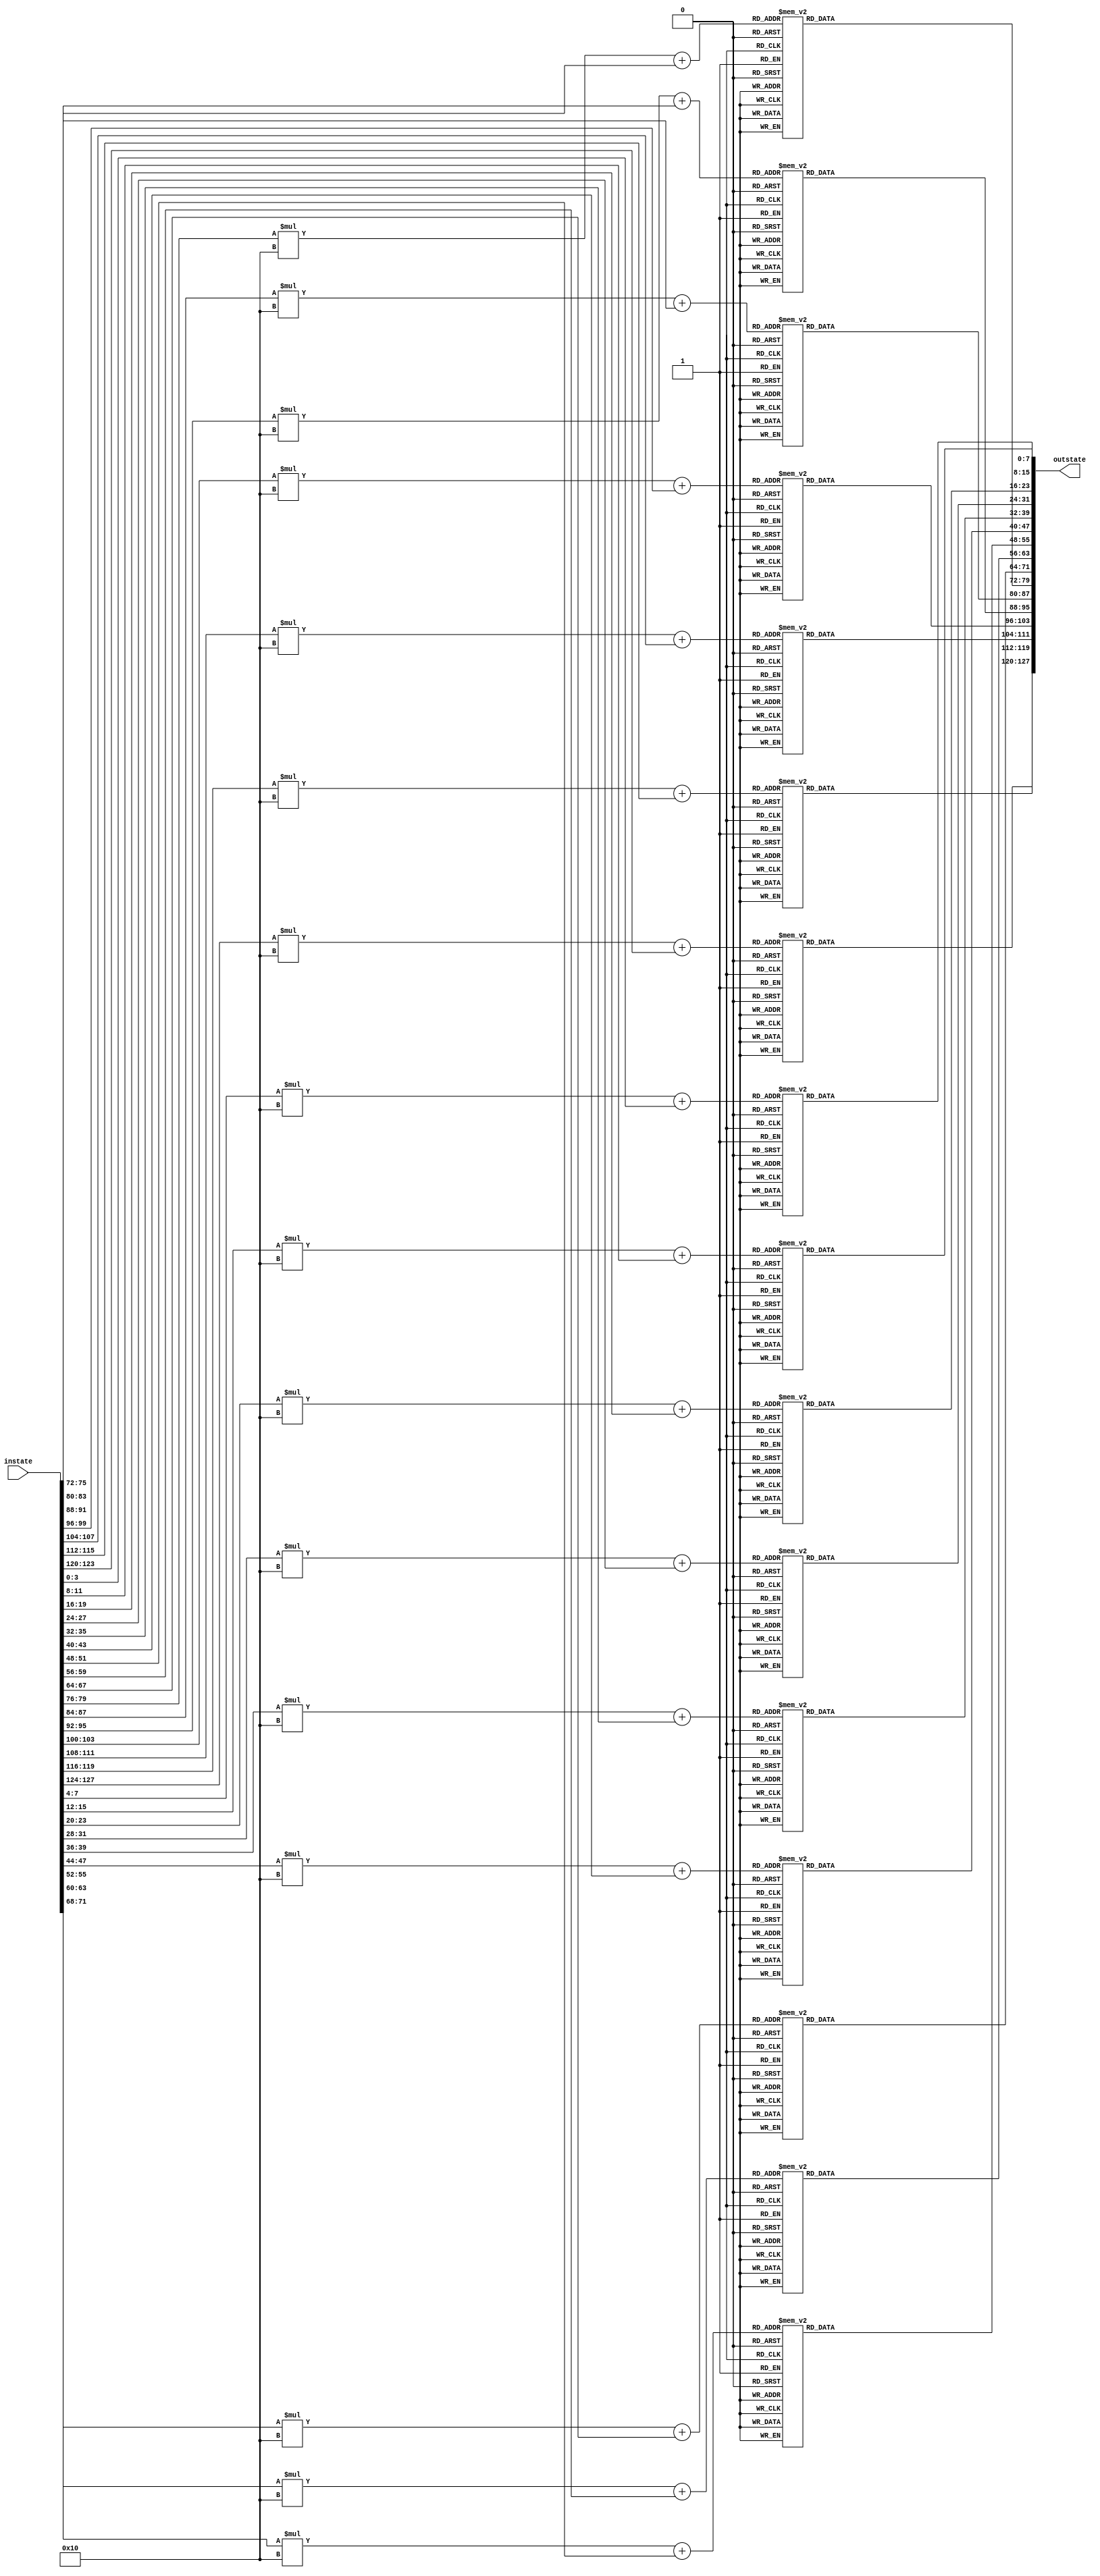

module SubBytes (instate,outstate);
input[127:0]instate;
output[127:0]outstate;
genvar  i;
function [7:0] S_box(input [7:0] word);  
begin
    case (word)
           8'h00: S_box=8'h63;
	   8'h01: S_box=8'h7c;
	   8'h02: S_box=8'h77;
	   8'h03: S_box=8'h7b;
	   8'h04: S_box=8'hf2;
	   8'h05: S_box=8'h6b;
	   8'h06: S_box=8'h6f;
	   8'h07: S_box=8'hc5;
	   8'h08: S_box=8'h30;
	   8'h09: S_box=8'h01;
	   8'h0a: S_box=8'h67;
	   8'h0b: S_box=8'h2b;
	   8'h0c: S_box=8'hfe;
	   8'h0d: S_box=8'hd7;
	   8'h0e: S_box=8'hab;
	   8'h0f: S_box=8'h76;
	   8'h10: S_box=8'hca;
	   8'h11: S_box=8'h82;
	   8'h12: S_box=8'hc9;
	   8'h13: S_box=8'h7d;
	   8'h14: S_box=8'hfa;
	   8'h15: S_box=8'h59;
	   8'h16: S_box=8'h47;
	   8'h17: S_box=8'hf0;
	   8'h18: S_box=8'had;
	   8'h19: S_box=8'hd4;
	   8'h1a: S_box=8'ha2;
	   8'h1b: S_box=8'haf;
	   8'h1c: S_box=8'h9c;
	   8'h1d: S_box=8'ha4;
	   8'h1e: S_box=8'h72;
	   8'h1f: S_box=8'hc0;
	   8'h20: S_box=8'hb7;
	   8'h21: S_box=8'hfd;
	   8'h22: S_box=8'h93;
	   8'h23: S_box=8'h26;
	   8'h24: S_box=8'h36;
	   8'h25: S_box=8'h3f;
	   8'h26: S_box=8'hf7;
	   8'h27: S_box=8'hcc;
	   8'h28: S_box=8'h34;
	   8'h29: S_box=8'ha5;
	   8'h2a: S_box=8'he5;
	   8'h2b: S_box=8'hf1;
	   8'h2c: S_box=8'h71;
	   8'h2d: S_box=8'hd8;
	   8'h2e: S_box=8'h31;
	   8'h2f: S_box=8'h15;
	   8'h30: S_box=8'h04;
	   8'h31: S_box=8'hc7;
	   8'h32: S_box=8'h23;
	   8'h33: S_box=8'hc3;
	   8'h34: S_box=8'h18;
	   8'h35: S_box=8'h96;
	   8'h36: S_box=8'h05;
	   8'h37: S_box=8'h9a;
	   8'h38: S_box=8'h07;
	   8'h39: S_box=8'h12;
	   8'h3a: S_box=8'h80;
	   8'h3b: S_box=8'he2;
	   8'h3c: S_box=8'heb;
	   8'h3d: S_box=8'h27;
	   8'h3e: S_box=8'hb2;
	   8'h3f: S_box=8'h75;
	   8'h40: S_box=8'h09;
	   8'h41: S_box=8'h83;
	   8'h42: S_box=8'h2c;
	   8'h43: S_box=8'h1a;
	   8'h44: S_box=8'h1b;
	   8'h45: S_box=8'h6e;
	   8'h46: S_box=8'h5a;
	   8'h47: S_box=8'ha0;
	   8'h48: S_box=8'h52;
	   8'h49: S_box=8'h3b;
	   8'h4a: S_box=8'hd6;
	   8'h4b: S_box=8'hb3;
	   8'h4c: S_box=8'h29;
	   8'h4d: S_box=8'he3;
	   8'h4e: S_box=8'h2f;
	   8'h4f: S_box=8'h84;
	   8'h50: S_box=8'h53;
	   8'h51: S_box=8'hd1;
	   8'h52: S_box=8'h00;
	   8'h53: S_box=8'hed;
	   8'h54: S_box=8'h20;
	   8'h55: S_box=8'hfc;
	   8'h56: S_box=8'hb1;
	   8'h57: S_box=8'h5b;
	   8'h58: S_box=8'h6a;
	   8'h59: S_box=8'hcb;
	   8'h5a: S_box=8'hbe;
	   8'h5b: S_box=8'h39;
	   8'h5c: S_box=8'h4a;
	   8'h5d: S_box=8'h4c;
	   8'h5e: S_box=8'h58;
	   8'h5f: S_box=8'hcf;
	   8'h60: S_box=8'hd0;
	   8'h61: S_box=8'hef;
	   8'h62: S_box=8'haa;
	   8'h63: S_box=8'hfb;
	   8'h64: S_box=8'h43;
	   8'h65: S_box=8'h4d;
	   8'h66: S_box=8'h33;
	   8'h67: S_box=8'h85;
	   8'h68: S_box=8'h45;
	   8'h69: S_box=8'hf9;
	   8'h6a: S_box=8'h02;
	   8'h6b: S_box=8'h7f;
	   8'h6c: S_box=8'h50;
	   8'h6d: S_box=8'h3c;
	   8'h6e: S_box=8'h9f;
	   8'h6f: S_box=8'ha8;
	   8'h70: S_box=8'h51;
	   8'h71: S_box=8'ha3;
	   8'h72: S_box=8'h40;
	   8'h73: S_box=8'h8f;
	   8'h74: S_box=8'h92;
	   8'h75: S_box=8'h9d;
	   8'h76: S_box=8'h38;
	   8'h77: S_box=8'hf5;
	   8'h78: S_box=8'hbc;
	   8'h79: S_box=8'hb6;
	   8'h7a: S_box=8'hda;
	   8'h7b: S_box=8'h21;
	   8'h7c: S_box=8'h10;
	   8'h7d: S_box=8'hff;
	   8'h7e: S_box=8'hf3;
	   8'h7f: S_box=8'hd2;
	   8'h80: S_box=8'hcd;
	   8'h81: S_box=8'h0c;
	   8'h82: S_box=8'h13;
	   8'h83: S_box=8'hec;
	   8'h84: S_box=8'h5f;
	   8'h85: S_box=8'h97;
	   8'h86: S_box=8'h44;
	   8'h87: S_box=8'h17;
	   8'h88: S_box=8'hc4;
	   8'h89: S_box=8'ha7;
	   8'h8a: S_box=8'h7e;
	   8'h8b: S_box=8'h3d;
	   8'h8c: S_box=8'h64;
	   8'h8d: S_box=8'h5d;
	   8'h8e: S_box=8'h19;
	   8'h8f: S_box=8'h73;
	   8'h90: S_box=8'h60;
	   8'h91: S_box=8'h81;
	   8'h92: S_box=8'h4f;
	   8'h93: S_box=8'hdc;
	   8'h94: S_box=8'h22;
	   8'h95: S_box=8'h2a;
	   8'h96: S_box=8'h90;
	   8'h97: S_box=8'h88;
	   8'h98: S_box=8'h46;
	   8'h99: S_box=8'hee;
	   8'h9a: S_box=8'hb8;
	   8'h9b: S_box=8'h14;
	   8'h9c: S_box=8'hde;
	   8'h9d: S_box=8'h5e;
	   8'h9e: S_box=8'h0b;
	   8'h9f: S_box=8'hdb;
	   8'ha0: S_box=8'he0;
	   8'ha1: S_box=8'h32;
	   8'ha2: S_box=8'h3a;
	   8'ha3: S_box=8'h0a;
	   8'ha4: S_box=8'h49;
	   8'ha5: S_box=8'h06;
	   8'ha6: S_box=8'h24;
	   8'ha7: S_box=8'h5c;
	   8'ha8: S_box=8'hc2;
	   8'ha9: S_box=8'hd3;
	   8'haa: S_box=8'hac;
	   8'hab: S_box=8'h62;
	   8'hac: S_box=8'h91;
	   8'had: S_box=8'h95;
	   8'hae: S_box=8'he4;
	   8'haf: S_box=8'h79;
	   8'hb0: S_box=8'he7;
	   8'hb1: S_box=8'hc8;
	   8'hb2: S_box=8'h37;
	   8'hb3: S_box=8'h6d;
	   8'hb4: S_box=8'h8d;
	   8'hb5: S_box=8'hd5;
	   8'hb6: S_box=8'h4e;
	   8'hb7: S_box=8'ha9;
	   8'hb8: S_box=8'h6c;
	   8'hb9: S_box=8'h56;
	   8'hba: S_box=8'hf4;
	   8'hbb: S_box=8'hea;
	   8'hbc: S_box=8'h65;
	   8'hbd: S_box=8'h7a;
	   8'hbe: S_box=8'hae;
	   8'hbf: S_box=8'h08;
	   8'hc0: S_box=8'hba;
	   8'hc1: S_box=8'h78;
	   8'hc2: S_box=8'h25;
	   8'hc3: S_box=8'h2e;
	   8'hc4: S_box=8'h1c;
	   8'hc5: S_box=8'ha6;
	   8'hc6: S_box=8'hb4;
	   8'hc7: S_box=8'hc6;
	   8'hc8: S_box=8'he8;
	   8'hc9: S_box=8'hdd;
	   8'hca: S_box=8'h74;
	   8'hcb: S_box=8'h1f;
	   8'hcc: S_box=8'h4b;
	   8'hcd: S_box=8'hbd;
	   8'hce: S_box=8'h8b;
	   8'hcf: S_box=8'h8a;
	   8'hd0: S_box=8'h70;
	   8'hd1: S_box=8'h3e;
	   8'hd2: S_box=8'hb5;
	   8'hd3: S_box=8'h66;
	   8'hd4: S_box=8'h48;
	   8'hd5: S_box=8'h03;
	   8'hd6: S_box=8'hf6;
	   8'hd7: S_box=8'h0e;
	   8'hd8: S_box=8'h61;
	   8'hd9: S_box=8'h35;
	   8'hda: S_box=8'h57;
	   8'hdb: S_box=8'hb9;
	   8'hdc: S_box=8'h86;
	   8'hdd: S_box=8'hc1;
	   8'hde: S_box=8'h1d;
	   8'hdf: S_box=8'h9e;
	   8'he0: S_box=8'he1;
	   8'he1: S_box=8'hf8;
	   8'he2: S_box=8'h98;
	   8'he3: S_box=8'h11;
	   8'he4: S_box=8'h69;
	   8'he5: S_box=8'hd9;
	   8'he6: S_box=8'h8e;
	   8'he7: S_box=8'h94;
	   8'he8: S_box=8'h9b;
	   8'he9: S_box=8'h1e;
	   8'hea: S_box=8'h87;
	   8'heb: S_box=8'he9;
	   8'hec: S_box=8'hce;
	   8'hed: S_box=8'h55;
	   8'hee: S_box=8'h28;
	   8'hef: S_box=8'hdf;
	   8'hf0: S_box=8'h8c;
	   8'hf1: S_box=8'ha1;
	   8'hf2: S_box=8'h89;
	   8'hf3: S_box=8'h0d;
	   8'hf4: S_box=8'hbf;
	   8'hf5: S_box=8'he6;
	   8'hf6: S_box=8'h42;
	   8'hf7: S_box=8'h68;
	   8'hf8: S_box=8'h41;
	   8'hf9: S_box=8'h99;
	   8'hfa: S_box=8'h2d;
	   8'hfb: S_box=8'h0f;
	   8'hfc: S_box=8'hb0;
	   8'hfd: S_box=8'h54;
	   8'hfe: S_box=8'hbb;
	   8'hff: S_box=8'h16;
    endcase
end
endfunction
generate                         
for(i=0;i<128;i=i+8)
begin: SubBytes
assign outstate[i +: 8]=S_box(instate[(i+4)+:4]*16+instate[i+:4]);
end
endgenerate
endmodule